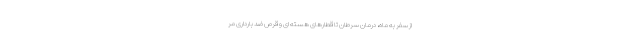
از سفر به ماه، درمان سرطان تا قطارهای هسته ای و قرص ضد بارداری مر